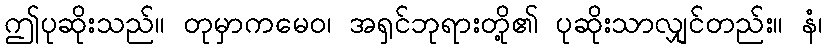
ဤပုဆိုးသည်။ တုမှာကမေဝ၊ အရှင်ဘုရားတို့၏ ပုဆိုးသာလျှင်တည်း။ နံ၊